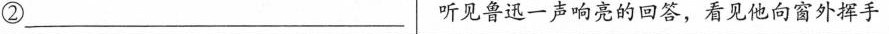
②___听见鲁迅一声响亮的回答，看见他向窗外挥手